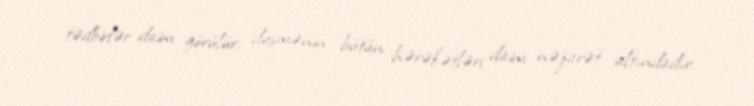
tədbirlər daim görülür, düşmənin bütün hərəkətləri daim nəzarət altındadır.